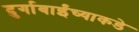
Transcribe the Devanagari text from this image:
दुर्गाबाईंच्याकडे